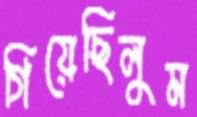
গিয়েছিলুম